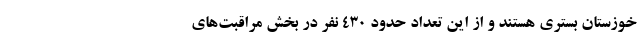
خوزستان بستری هستند و از این تعداد حدود ۴۳۰ نفر در بخش مراقبت‌های